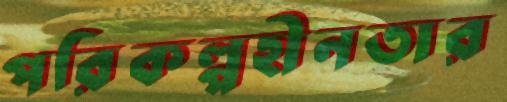
পরিকল্পহীনতার